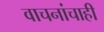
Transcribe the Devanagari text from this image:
वाचनांचाही